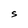
Character: S